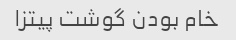
خام بودن گوشت پیتزا